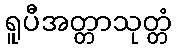
ရူပီအတ္တာသုတ္တံ